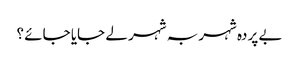
بے پردہ شہر بہ شہر لے جایا جائے ؟